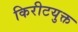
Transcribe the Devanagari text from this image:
किरीटयुक्त